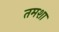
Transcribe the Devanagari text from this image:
तमशा